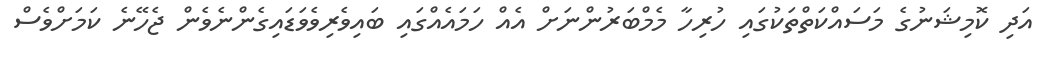
އަދި ކޮމިޝަނުގެ މަސައްކަތްތަކުގައި ހުރިހާ މެމްބަރުންނަށް އެއް ހަމައެއްގައި ބައިވެރިވެވަޑައިގެންނެވެން ޖެހޭނެ ކަމަށްވެސް